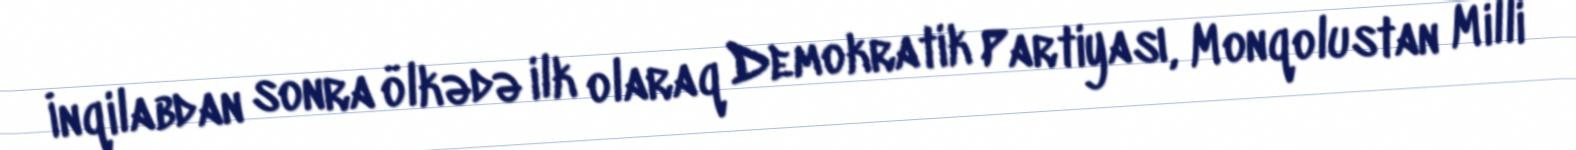
İnqilabdan sonra ölkədə ilk olaraq Demokratik Partiyası, Monqolustan Milli